Indian journal of veterinary science and animal husbandry - Volumes 18-21, 1948-1951
Year: 1948
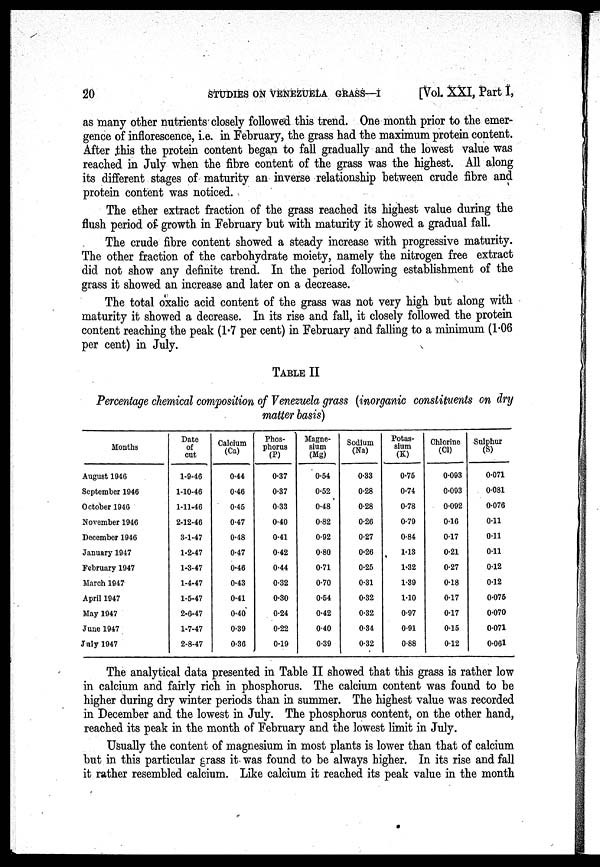
20
STUDIES
ON
VENEZUELA
GRASS—I
[Vol. XXI, Part I,
as many other nutrients closely followed this trend. One month prior to the emer-
gence of inflorescence, i.e. in February, the grass had the maximum protein content.
After this the protein content began to fall gradually and the lowest value was
reached in July when the fibre content of the grass was the highest. All along
its different stages of maturity an inverse relationship between crude fibre and
protein content was noticed.
The ether extract fraction of the grass reached its highest value during the
flush period of growth in February but with maturity it showed a gradual fall.
The crude fibre content showed a steady increase with progressive maturity.
The other fraction of the carbohydrate moiety, namely the nitrogen free extract
did not show any definite trend. In the period following establishment of the
grass it showed an increase and later on a decrease.
The total oxalic acid content of the grass was not very high but along with
maturity it showed a decrease. In its rise and fall, it closely followed the protein
content reaching the peak (1.7 per cent) in February and falling to a minimum (1.06
per cent) in July.
TABLE II
Percentage chemical composition of Venezuela grass (inorganic constituents on dry
matter basis)
Months
August 1946
September 1946
October 1946
November 1946
December 1946
January 1947
February 1947
March 1947
April 1947
May 1947
June 1947
July 1947
Date
of
cut
1-9-46
1-10-46
1-11-46
2-12-46
3-1-47
1-2-47
1-3-47
1-4-47
1-5-47
2-6-47
1-7-47
2-8-47
Calcium
(Ca)
0.44
0.46
0.45
0.47
0.48
0.47
0.46
0.43
0.41
0.40
0.39
0.36
Phos-
phorus
(P)
0.37
0.37
0.33
0.40
0.41
0.42
0.44
0.32
0.30
0.24
0.22
0.19
Magne-
sium
(Mg)
0.54
0.52
0.48
0.82
0.92
0.80
0.71
0.70
0.54
0.42
0.40
0.39
Sodium
(Na)
0.33
0.28
0.28
0.26
0.27
0.26
0.25
0.31
0.32
0.32
0.34
0.32
Potas-
sium
(K)
0.75
0.74
0.78
0.79
0.84
1.13
1.32
1.39
1.10
0.97
0.91
0.88
Chlorine
(Cl)
0.093
0.093
0.092
0.16
0.17
0.21
0.27
0.18
0.17
0.17
0.15
0.12
Sulphur
(S)
0.071
0.081
0.076
0.11
0.11
0.11
0.12
0.12
0.075
0.070
0.071
0.061
The analytical data presented in Table II showed that this grass is rather low
in calcium and fairly rich in phosphorus. The calcium content was found to be
higher during dry winter periods than in summer. The highest value was recorded
in December and the lowest in July. The phosphorus content, on the other hand,
reached its peak in the month of February and the lowest limit in July.
Usually the content of magnesium in most plants is lower than that of calcium
but in this particular grass it was found to be always higher. In its rise and fall
it rather resembled calcium. Like calcium it reached its peak value in the month